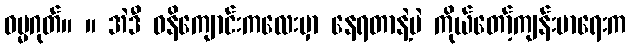
ဓမ္မဂုတ်။ ။ အဲဒီ ဓနိကျောင်းကလေးမှာ နေရတာနဲ့ပဲ ကိုယ်တော့်ကျန်းမာရေးက